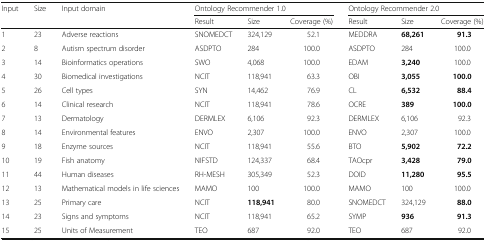
<table><thead><tr><td rowspan="2"><b>Input</b></td><td rowspan="2"><b>Size</b></td><td rowspan="2"><b>Input domain</b></td><td colspan="3"><b>Ontology Recommender 1.0</b></td><td colspan="3"><b>Ontology Recommender 2.0</b></td></tr><tr><td><b>Result</b></td><td><b>Size</b></td><td><b>Coverage (%)</b></td><td><b>Result</b></td><td><b>Size</b></td><td><b>Coverage (%)</b></td></tr></thead><tbody><tr><td>1</td><td>23</td><td>Adverse reactions</td><td>SNOMEDCT</td><td>324,129</td><td>52.1</td><td>MEDDRA</td><td><b>68,261</b></td><td><b>91.3</b></td></tr><tr><td>2</td><td>8</td><td>Autism spectrum disorder</td><td>ASDPTO</td><td>284</td><td>100.0</td><td>ASDPTO</td><td>284</td><td>100.0</td></tr><tr><td>3</td><td>14</td><td>Bioinformatics operations</td><td>SWO</td><td>4,068</td><td>100.0</td><td>EDAM</td><td><b>3,240</b></td><td>100.0</td></tr><tr><td>4</td><td>30</td><td>Biomedical investigations</td><td>NCIT</td><td>118,941</td><td>63.3</td><td>OBI</td><td><b>3,055</b></td><td><b>100.0</b></td></tr><tr><td>5</td><td>26</td><td>Cell types</td><td>SYN</td><td>14,462</td><td>76.9</td><td>CL</td><td><b>6,532</b></td><td><b>88.4</b></td></tr><tr><td>6</td><td>14</td><td>Clinical research</td><td>NCIT</td><td>118,941</td><td>78.6</td><td>OCRE</td><td><b>389</b></td><td><b>100.0</b></td></tr><tr><td>7</td><td>13</td><td>Dermatology</td><td>DERMLEX</td><td>6,106</td><td>92.3</td><td>DERMLEX</td><td>6,106</td><td>92.3</td></tr><tr><td>8</td><td>14</td><td>Environmental features</td><td>ENVO</td><td>2,307</td><td>100.0</td><td>ENVO</td><td>2,307</td><td>100.0</td></tr><tr><td>9</td><td>18</td><td>Enzyme sources</td><td>NCIT</td><td>118,941</td><td>55.6</td><td>BTO</td><td><b>5,902</b></td><td><b>72.2</b></td></tr><tr><td>10</td><td>19</td><td>Fish anatomy</td><td>NIFSTD</td><td>124,337</td><td>68.4</td><td>TAOcpr</td><td><b>3,428</b></td><td><b>79.0</b></td></tr><tr><td>11</td><td>44</td><td>Human diseases</td><td>RH-MESH</td><td>305,349</td><td>52.3</td><td>DOID</td><td><b>11,280</b></td><td><b>95.5</b></td></tr><tr><td>12</td><td>13</td><td>Mathematical models in life sciences</td><td>MAMO</td><td>100</td><td>100.0</td><td>MAMO</td><td>100</td><td>100.0</td></tr><tr><td>13</td><td>25</td><td>Primary care</td><td>NCIT</td><td><b>118,941</b></td><td>80.0</td><td>SNOMEDCT</td><td>324,129</td><td><b>88.0</b></td></tr><tr><td>14</td><td>23</td><td>Signs and symptoms</td><td>NCIT</td><td>118,941</td><td>65.2</td><td>SYMP</td><td><b>936</b></td><td><b>91.3</b></td></tr><tr><td>15</td><td>25</td><td>Units of Measurement</td><td>TEO</td><td>687</td><td>92.0</td><td>TEO</td><td>687</td><td>92.0</td></tr></tbody></table>